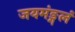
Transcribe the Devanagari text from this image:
जयमंङ्गलं